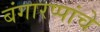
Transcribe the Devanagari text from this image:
बंगारप्पांचे